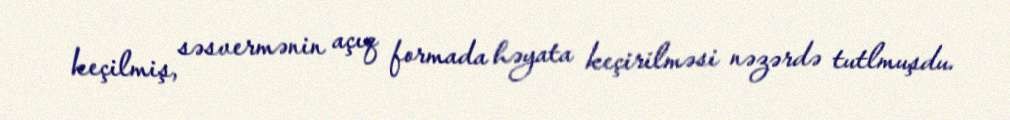
keçilmiş, səsvermənin açıq formada həyata keçirilməsi nəzərdə tutlmuşdu.